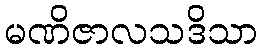
မဏိဇာလသဒိသာ